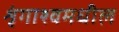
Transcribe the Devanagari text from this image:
शृंगाश्वमधील